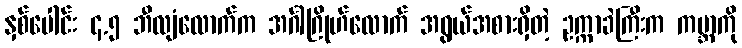
နှစ်ပေါင်း ၄.၅ ဘီလျံလောက်က အင်္ဂါဂြိုဟ်လောက် အရွယ်အစားရှိတဲ့ ဥက္ကာခဲကြီးက ကမ္ဘာကို